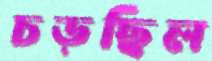
চড়ছিল